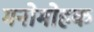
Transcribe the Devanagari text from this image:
मनोमोहक